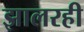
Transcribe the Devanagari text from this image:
झालरही